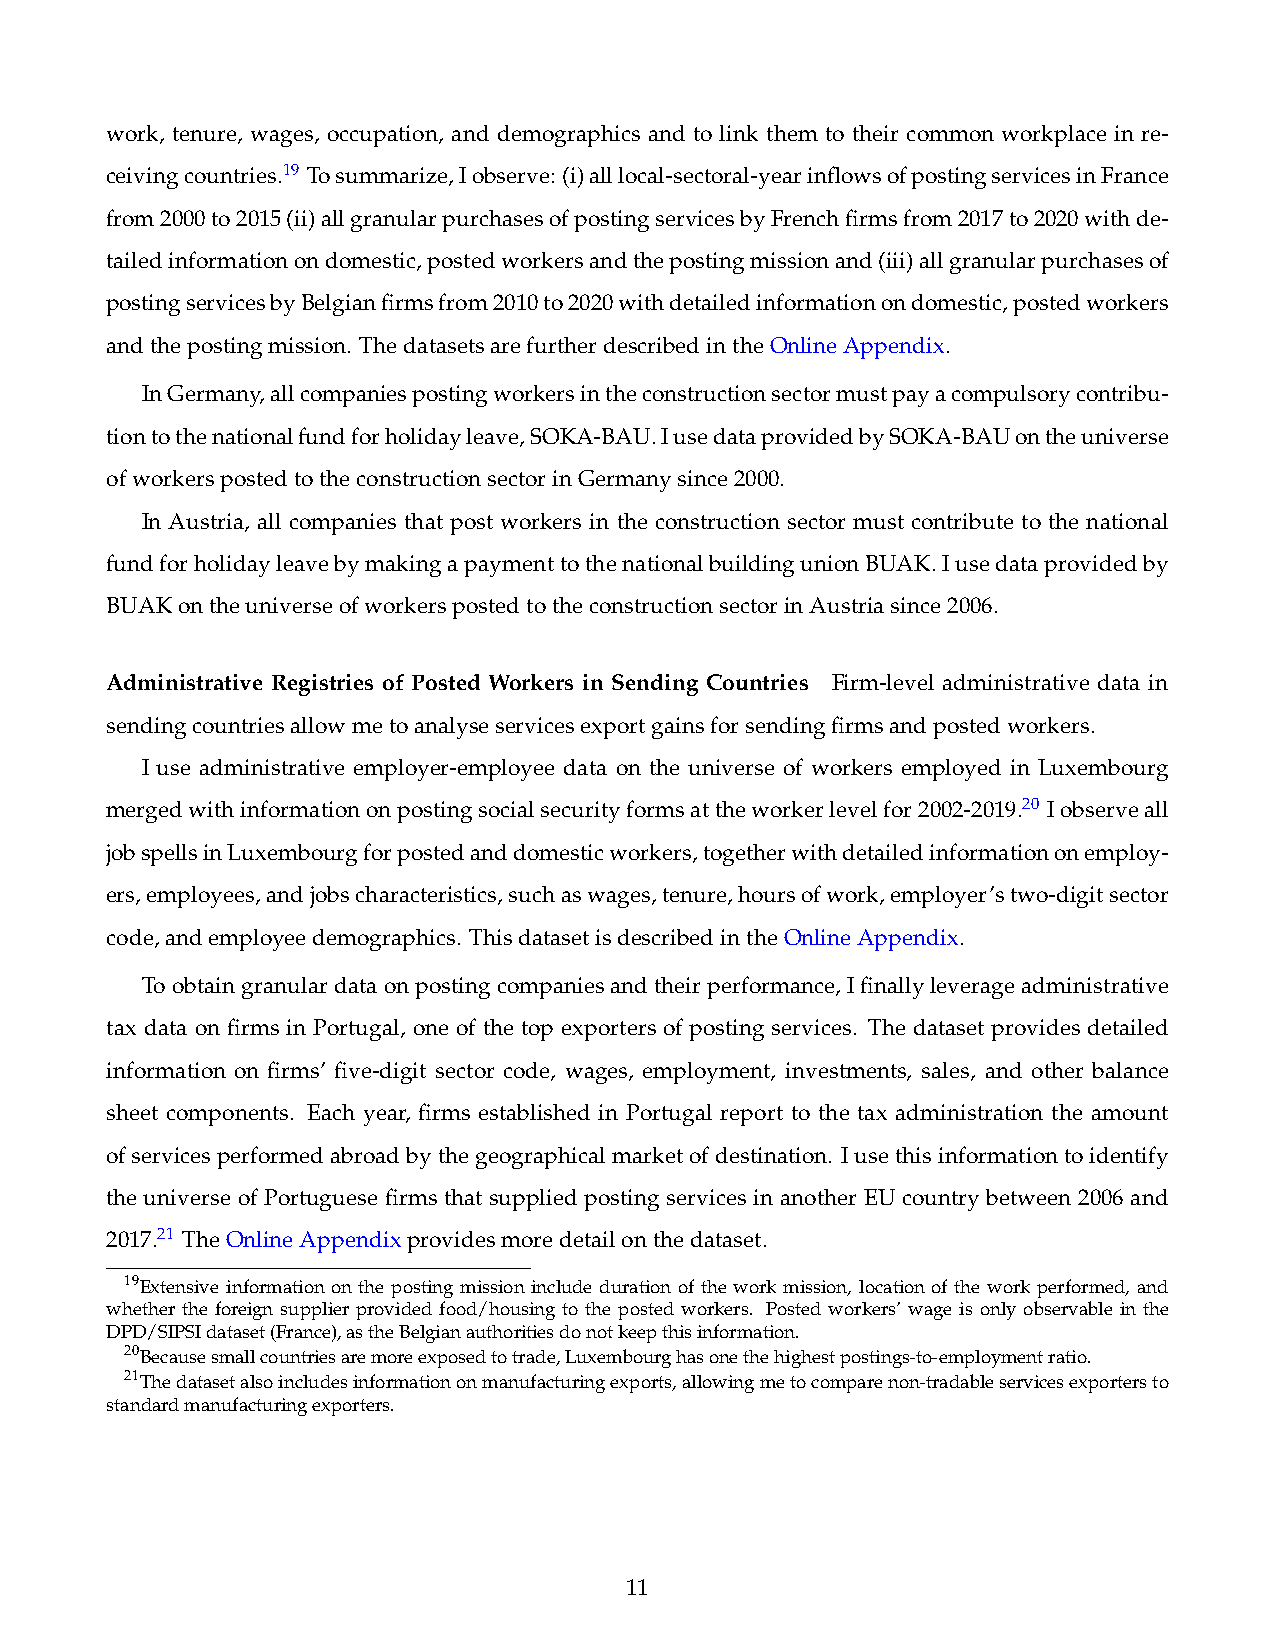
work, tenure, wages, occupation, and demographics and to link them to their common workplace in re-
 ceivingcountries.19 Tosummarize,Iobserve: (i)alllocal-sectoral-yearinflowsofpostingservicesinFrance
 from2000to2015(ii)allgranularpurchasesofpostingservicesbyFrenchfirmsfrom2017to2020withde-
 tailedinformationondomestic,postedworkersandthepostingmissionand(iii)allgranularpurchasesof
 postingservicesbyBelgianfirmsfrom2010to2020withdetailedinformationondomestic,postedworkers
 andthepostingmission. ThedatasetsarefurtherdescribedintheOnlineAppendix.
 InGermany,allcompaniespostingworkersintheconstructionsectormustpayacompulsorycontribu-
 tiontothenationalfundforholidayleave,SOKA-BAU.IusedataprovidedbySOKA-BAUontheuniverse
 ofworkerspostedtotheconstructionsectorinGermanysince2000.
 In Austria, all companies that post workers in the construction sector must contribute to the national
 fundforholidayleavebymakingapaymenttothenationalbuildingunionBUAK.Iusedataprovidedby
 BUAKontheuniverseofworkerspostedtotheconstructionsectorinAustriasince2006.
 Administrative Registries of Posted Workers in Sending Countries Firm-level administrative data in
 sendingcountriesallowmetoanalyseservicesexportgainsforsendingfirmsandpostedworkers.
 I use administrative employer-employee data on the universe of workers employed in Luxembourg
 mergedwithinformationonpostingsocialsecurityformsattheworkerlevelfor2002-2019.20 Iobserveall
 jobspellsinLuxembourgforpostedanddomesticworkers,togetherwithdetailedinformationonemploy-
 ers,employees,andjobscharacteristics,suchaswages,tenure,hoursofwork,employer’stwo-digitsector
 code,andemployeedemographics. ThisdatasetisdescribedintheOnlineAppendix.
 Toobtaingranulardataonpostingcompaniesandtheirperformance,Ifinallyleverageadministrative
 tax data on firms in Portugal, one of the top exporters of posting services. The dataset provides detailed
 information on firms’ five-digit sector code, wages, employment, investments, sales, and other balance
 sheet components. Each year, firms established in Portugal report to the tax administration the amount
 ofservicesperformedabroadbythegeographicalmarketofdestination. Iusethisinformationtoidentify
 the universe of Portuguese firms that supplied posting services in another EU country between 2006 and
 2017.21 TheOnlineAppendixprovidesmoredetailonthedataset.
 19Extensive information on the posting mission include duration of the work mission, location of the work performed, and
 whether the foreign supplier provided food/housing to the posted workers. Posted workers’ wage is only observable in the
 DPD/SIPSIdataset(France),astheBelgianauthoritiesdonotkeepthisinformation.
 20Becausesmallcountriesaremoreexposedtotrade,Luxembourghasonethehighestpostings-to-employmentratio.
 21Thedatasetalsoincludesinformationonmanufacturingexports,allowingmetocomparenon-tradableservicesexportersto
 standardmanufacturingexporters.
 11